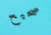
صحيح